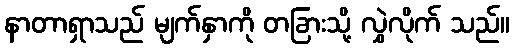
နာတာရှာသည် မျက်နှာကို တခြားသို့ လွှဲလိုက် သည်။